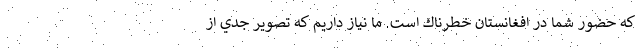
كه حضور شما در افغانستان خطرناك است. ما نياز داريم كه تصوير جدي از